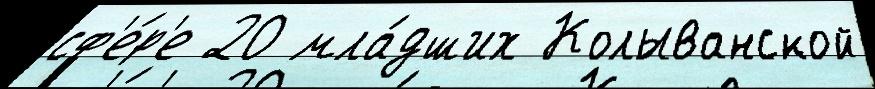
сф'е́р'е 20 мла́дших Колыванской